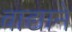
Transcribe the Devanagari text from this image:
वाद्याने